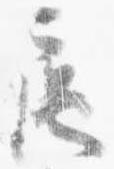
扈